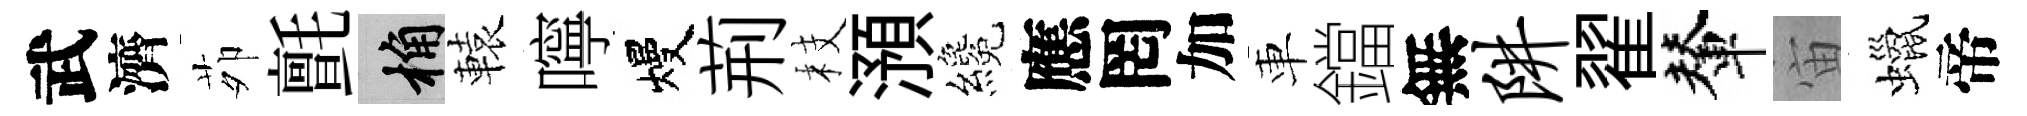
武濟茆氈桷轅嚀熳荊枝澦纔應罔加車鐺無阱翟輦宙蠟帝